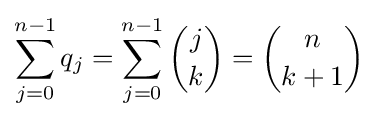
\sum _{j=0}^{n-1}q_{j}=\sum _{j=0}^{n-1}{\binom {j}{k}}={\binom {n}{k+1}}